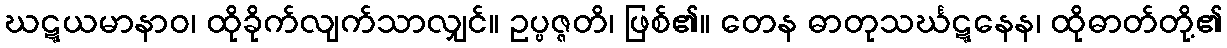
ဃဋ္ဋယမာနာဝ၊ ထိုခိုက်လျက်သာလျှင်။ ဥပ္ပဇ္ဇတိ၊ ဖြစ်၏။ တေန ဓာတုသင်္ဃဋ္ဋနေန၊ ထိုဓာတ်တို့၏